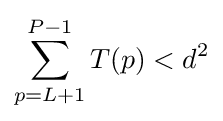
\sum _{p=L+1}^{P-1}T(p)<d^{2}